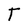
Character: T